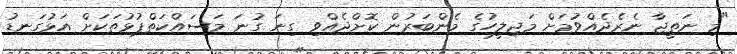
"މި ނަތީޖާ ނެރެދެއްވުމަށް މަޖިލީހުގެ މެންބަރުން ކޮށްދެއްވި ގިނަ ގުނަ މަސައްކަތްޕުޅުތަކަށް އަޅުގަނޑު